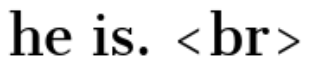
he is. <br>